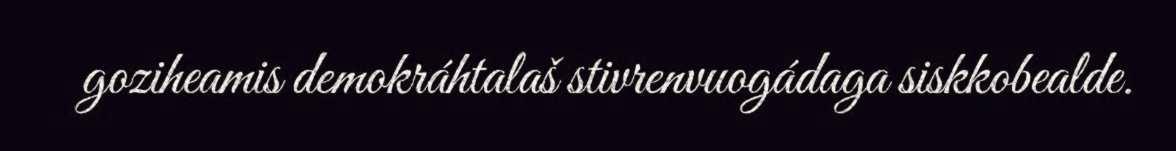
goziheamis demokráhtalaš stivrenvuogádaga siskkobealde.